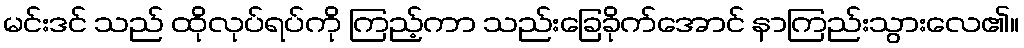
မင်းဒင် သည် ထိုလုပ်ရပ်ကို ကြည့်ကာ သည်းခြေခိုက်အောင် နာကြည်းသွားလေ၏။